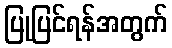
ပြုပြင်ရန်အတွက်